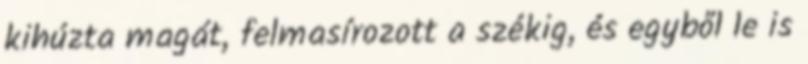
kihúzta magát, felmasírozott a székig, és egyből le is